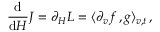
\frac { \mathrm { d } } { \mathrm { d } H } J = { \partial _ { H } } L = \langle \partial _ { v } f \, , g \rangle _ { v , t } \, ,